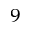
^ { 9 }